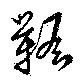
韂